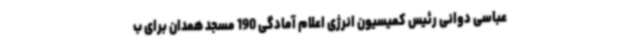
عباسی دوانی رئیس کمیسیون انرژی اعلام آمادگی 190 مسجد همدان برای ب